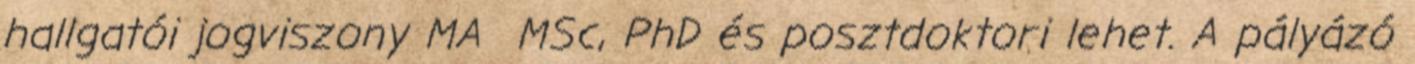
hallgatói jogviszony MA MSc, PhD és posztdoktori lehet. A pályázó